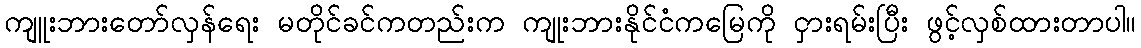
ကျူးဘားတော်လှန်ရေး မတိုင်ခင်ကတည်းက ကျုးဘားနိုင်ငံကမြေကို ငှားရမ်းပြီး ဖွင့်လှစ်ထားတာပါ။